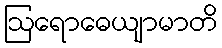
ဩရောဓေယျာမာတိ